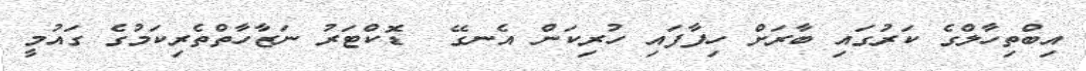
އިބްތިހާލްގެ ކަރުގައި ބާރަށް ހިފާފައި ހުރިކަން އެނގޭ  ޑޮކްޓަރު ނަޒާހާތްތެރިކަމުގެ ގައުމީ